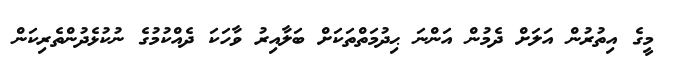
މީގެ އިތުރުން އަލަށް ދެމުން އަންނަ ޙިދުމަތްތަކަށް ބަލާއިރު ވާހަކަ ދެއްކުމުގެ ނުކުޅެދުންތެރިކަން